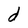
Character: d